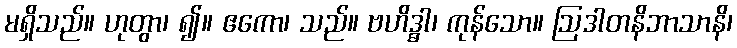
မရှိသည်။ ဟုတွာ၊ ၍။ ဧကော၊ သည်။ ဗဟိဒ္ဓါ၊ ကုန်သော။ ဩဒါတနိဘာသာနိ၊